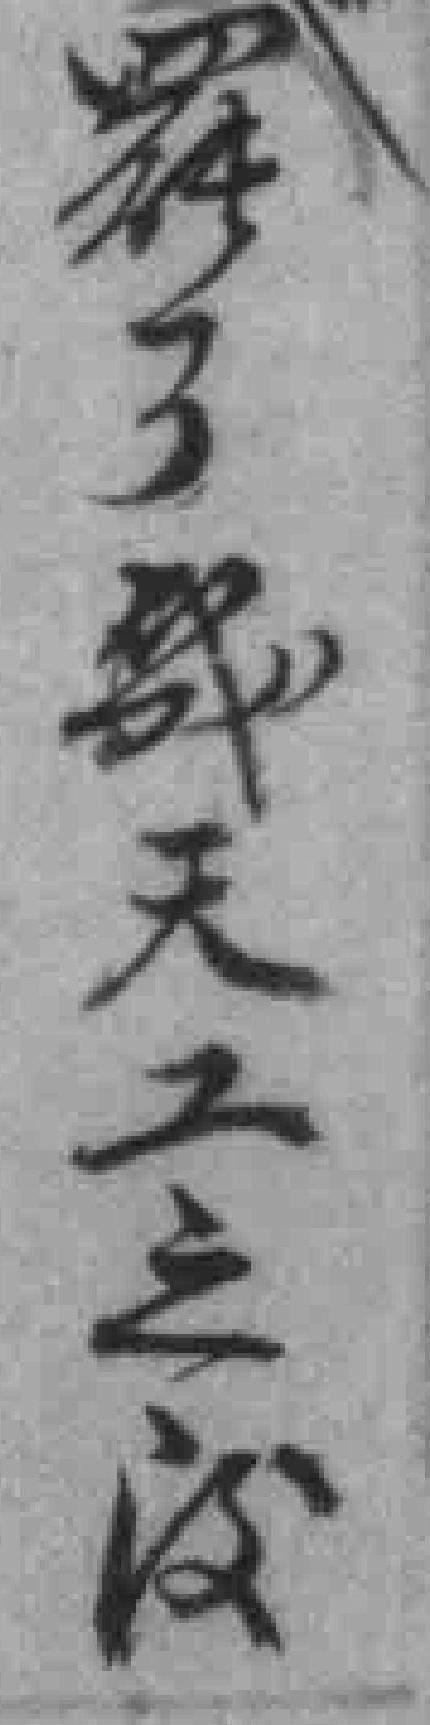
罷了幾天工之後